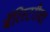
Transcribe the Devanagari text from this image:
बॅरिस्टरीचा